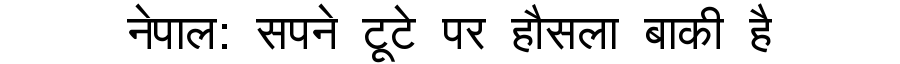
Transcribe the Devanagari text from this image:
नेपाल: सपने टूटे पर हौसला बाकी है